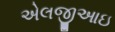
એલજીઆઇ